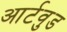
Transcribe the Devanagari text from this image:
आर्टवुड